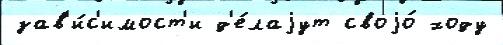
зав'и́с'имост'и д'е́лаjут своjо́ ходу